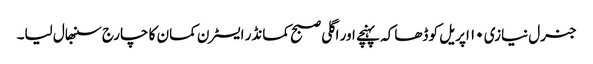
جنرل نیازی ۱۰ اپریل کو ڈھاکہ پہنچے اور اگلی صبح کمانڈر ایسٹرن کمان کا چارج سنبھال لیا۔